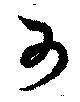
可